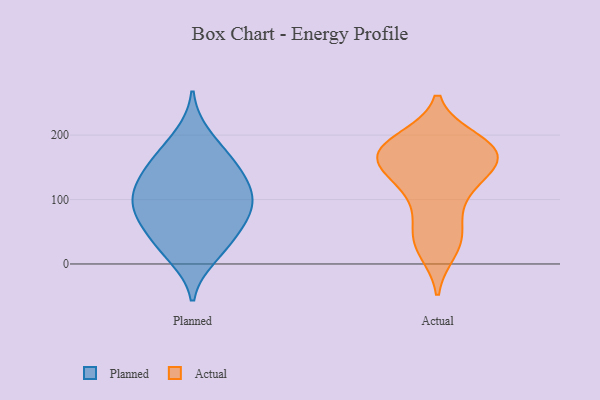
{"axis": {"x": "Population (Million)", "y": "Value"}, "legend": ["Actual", "Planned"], "data": [{"x": "", "y": 147, "type": "Planned"}, {"x": "", "y": 68, "type": "Planned"}, {"x": "", "y": 129, "type": "Planned"}, {"x": "", "y": 44, "type": "Planned"}, {"x": "", "y": 160, "type": "Planned"}, {"x": "", "y": 101, "type": "Planned"}, {"x": "", "y": 167, "type": "Planned"}, {"x": "", "y": 57, "type": "Planned"}, {"x": "", "y": 21, "type": "Planned"}, {"x": "", "y": 200, "type": "Planned"}, {"x": "", "y": 11, "type": "Planned"}, {"x": "", "y": 88, "type": "Planned"}, {"x": "", "y": 119, "type": "Planned"}, {"x": "", "y": 106, "type": "Planned"}, {"x": "", "y": 85, "type": "Planned"}, {"x": "", "y": 182, "type": "Actual"}, {"x": "", "y": 31, "type": "Actual"}, {"x": "", "y": 56, "type": "Actual"}, {"x": "", "y": 191, "type": "Actual"}, {"x": "", "y": 100, "type": "Actual"}, {"x": "", "y": 22, "type": "Actual"}, {"x": "", "y": 172, "type": "Actual"}, {"x": "", "y": 176, "type": "Actual"}, {"x": "", "y": 175, "type": "Actual"}, {"x": "", "y": 165, "type": "Actual"}, {"x": "", "y": 121, "type": "Actual"}, {"x": "", "y": 186, "type": "Actual"}, {"x": "", "y": 153, "type": "Actual"}, {"x": "", "y": 158, "type": "Actual"}, {"x": "", "y": 154, "type": "Actual"}, {"x": "", "y": 43, "type": "Actual"}, {"x": "", "y": 118, "type": "Actual"}]}